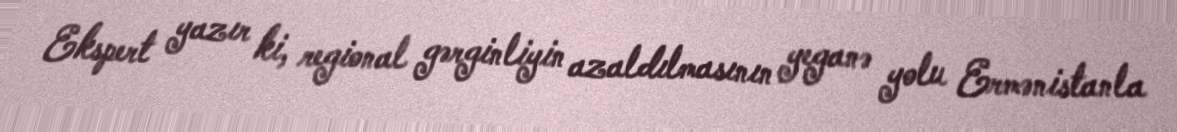
Ekspert yazır ki, regional gərginliyin azaldılmasının yeganə yolu Ermənistanla